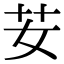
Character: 𦬑